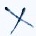
Text: X